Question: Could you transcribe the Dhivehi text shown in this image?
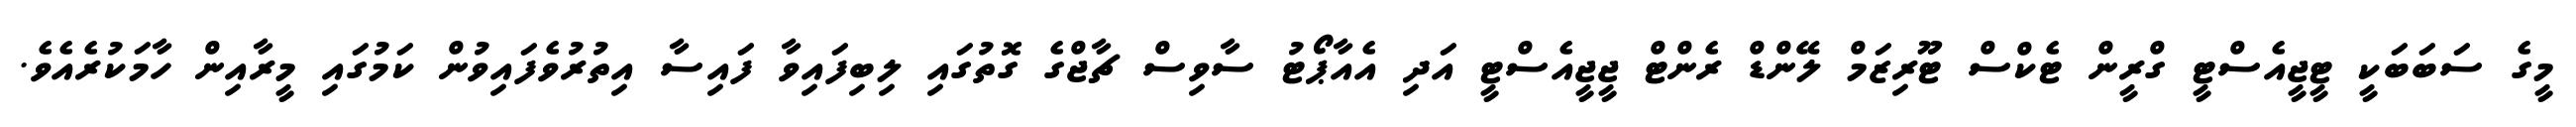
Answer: މީގެ ސަބަބަކީ ޓީޖީއެސްޓީ ގްރީން ޓެކްސް ޓޫރިޒަމް ލޭންޑް ރެންޓް ޖީޖީއެސްޓީ އަދި އެއާޕޯޓު ސާވިސް ޗާޖްގެ ގޮތުގައި ލިބިފައިވާ ފައިސާ އިތުރުވެފައިވުން ކަމުގައި މީރާއިން ހާމަކުރެއެވެ.